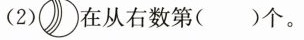
(2)在从右数第（）个。